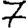
Digit: 7